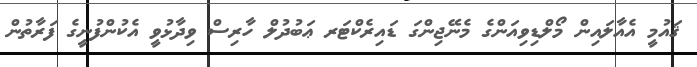
ޤައުމީ އެއާލައިން މޯލްޑިވިއަންގެ މެނޭޖިންގަ ޑައިރެކްޓަރ ޢަބުދުލް ހާރިސް ވިދާޅުވީ އެކުންފުނީގެ ފަރާތުން